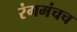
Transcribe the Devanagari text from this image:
रंगमंचच